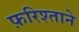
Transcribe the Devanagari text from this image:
फ़रिश्ताने